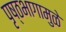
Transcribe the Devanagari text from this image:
पृष्ठभागामुळे